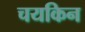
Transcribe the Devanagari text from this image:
चयकिन